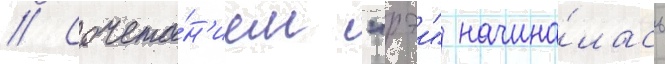
// Сочета́н'ием "рэи" начина́лась